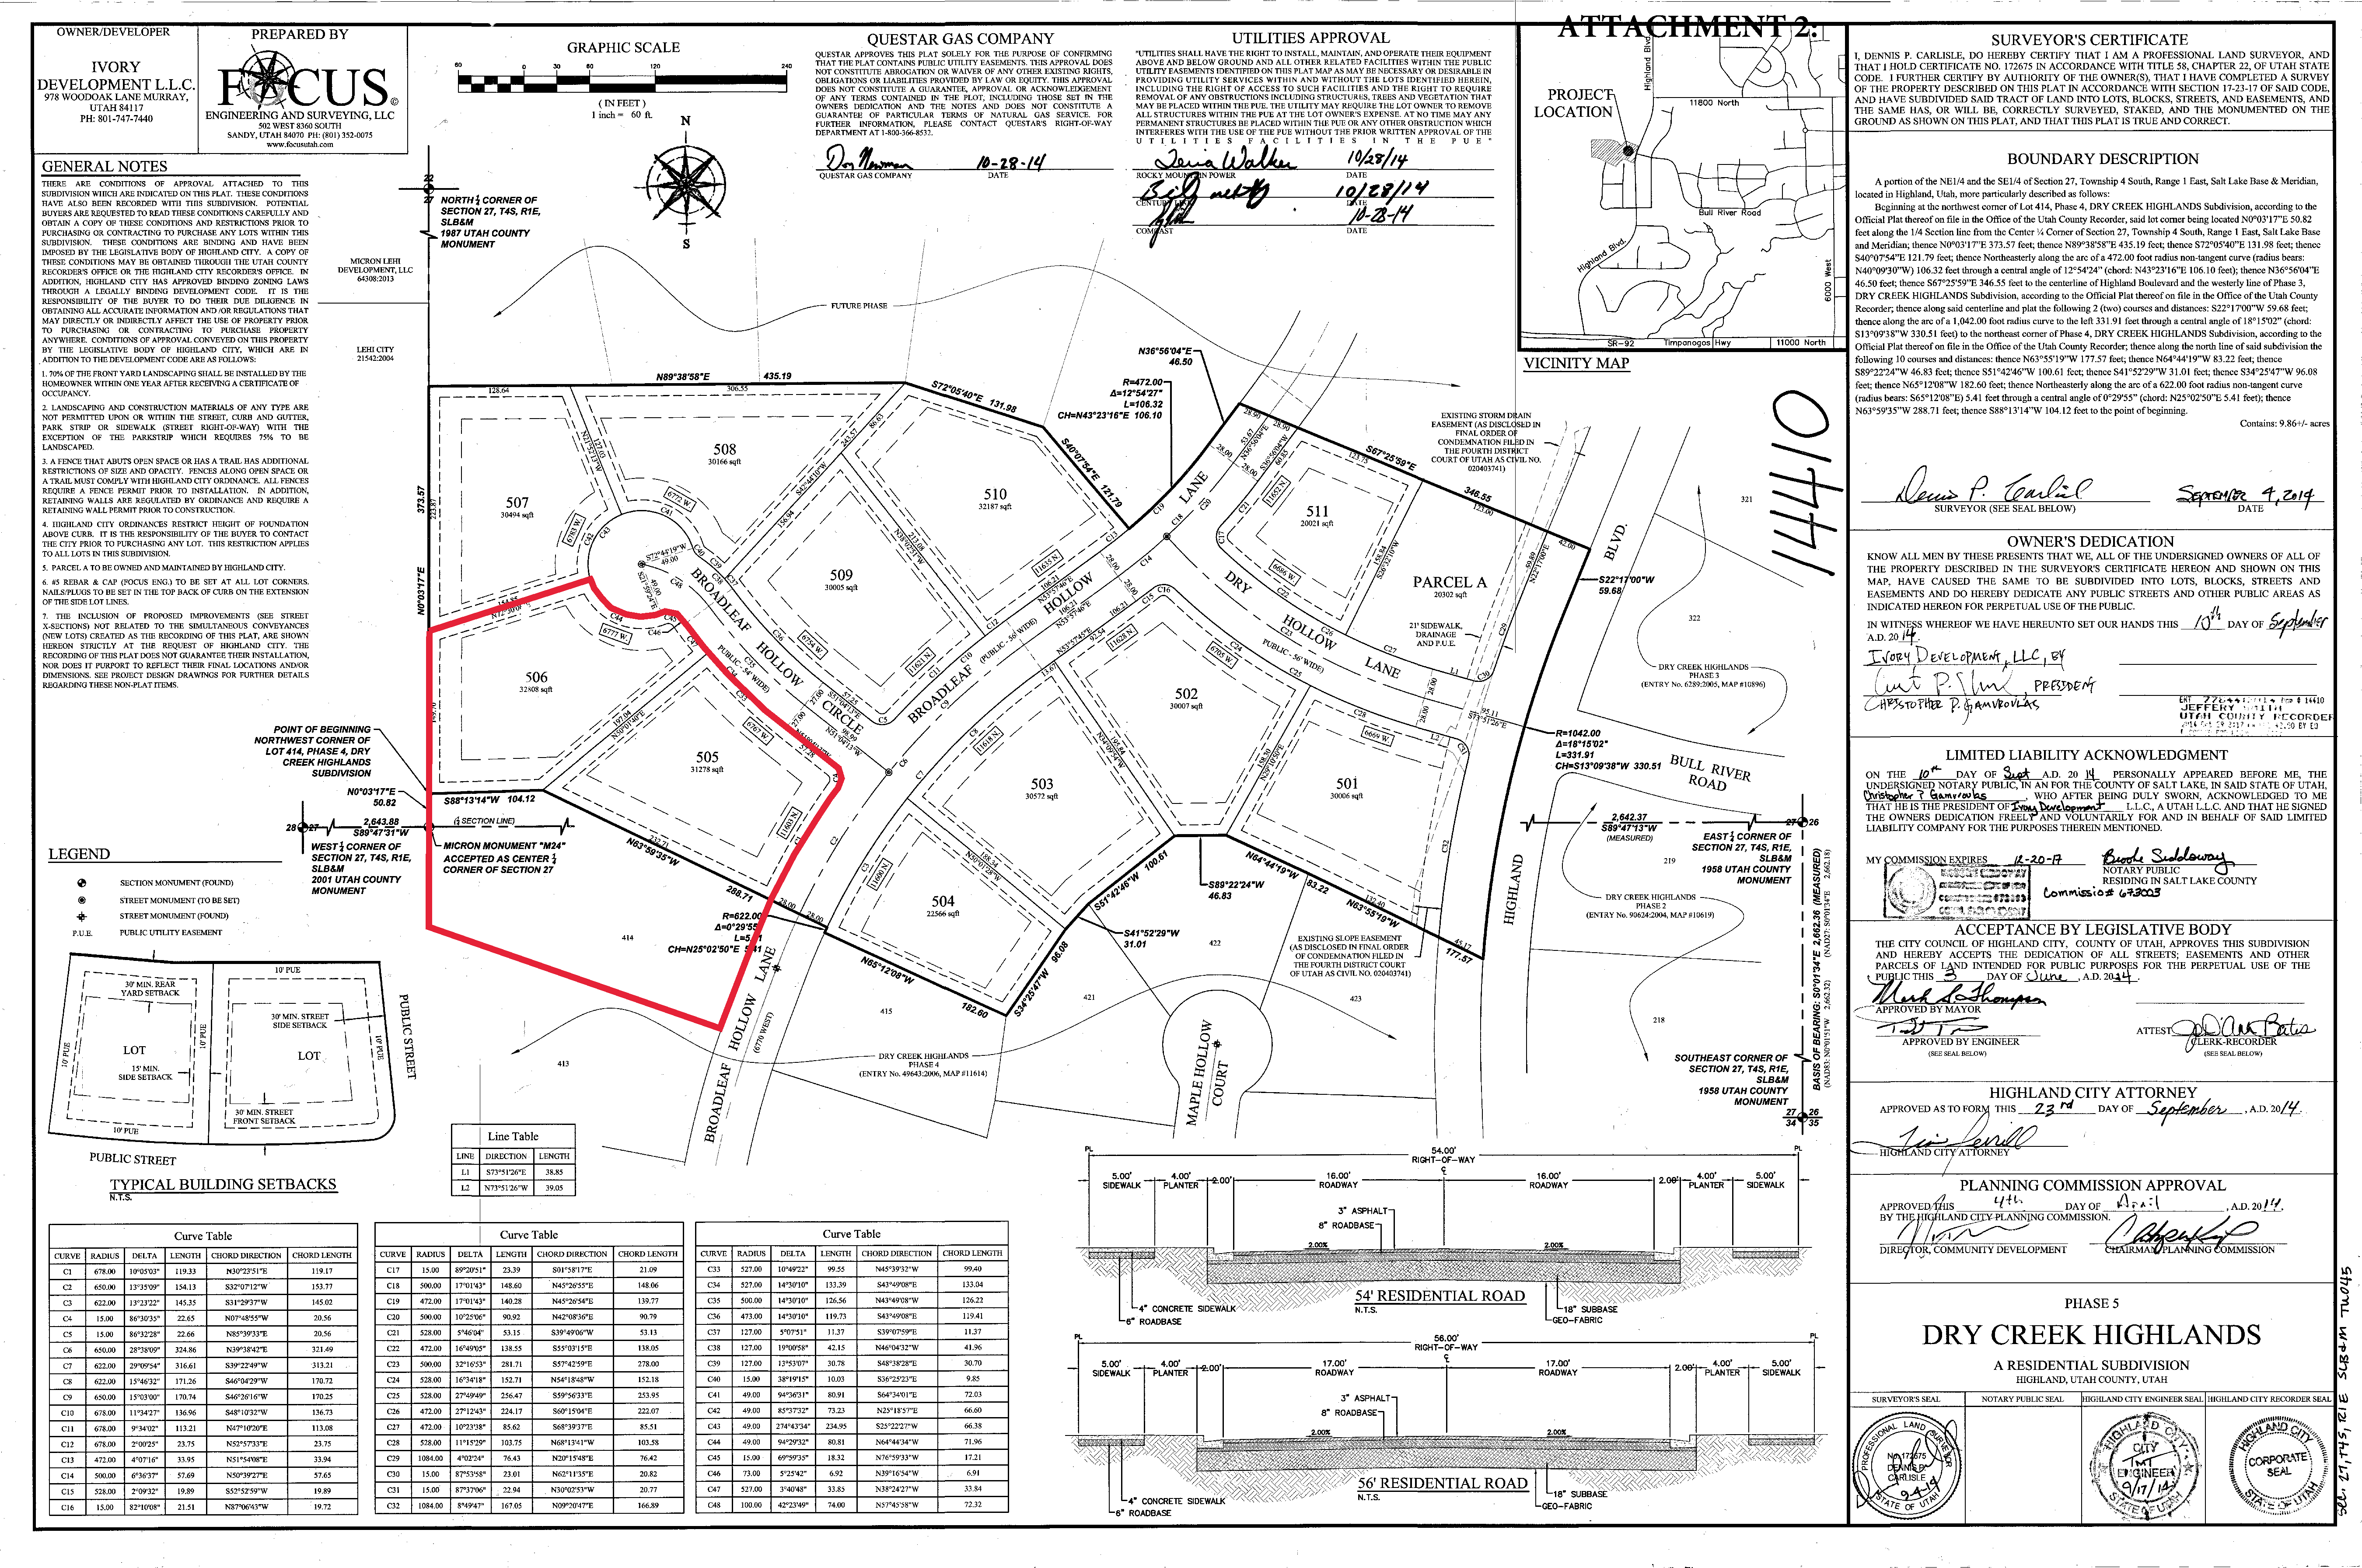
ATTACHMENT                         2: